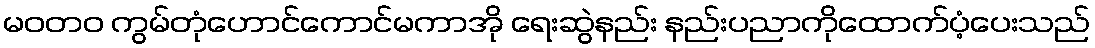
မဝတ၀ ကွမ်တုံဟောင်ကောင်မကာအို ရေးဆွဲနည်း နည်းပညာကိုထောက်ပံ့ပေးသည်